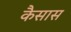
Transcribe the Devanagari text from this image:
कैसास